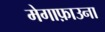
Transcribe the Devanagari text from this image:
मेगाफ़ाउना